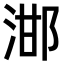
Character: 𣵷